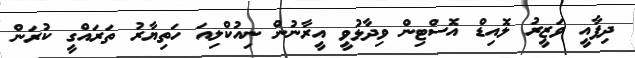
ދިފާއީ ވަޒީރު ލޮއިޑް އޮސްޓިން ވިދާޅުވީ އީރާނުން ނިއުކްލިއަ ހަތިޔާރު ތަރައްގީ ކުރަން